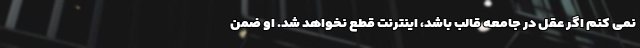
نمی کنم اگر عقل در جامعه قالب باشد، اینترنت قطع نخواهد شد. او ضمن